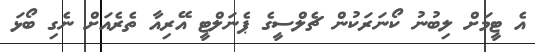
އެ ޓީމަށް ލިބުނު ކޯނަރަކުން ޗެލްސީގެ ޕެނަލްޓީ އޭރިއާ ތެރެއަށް ނެގި ބޯޅަ